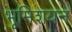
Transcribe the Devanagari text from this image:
भूमिशयन